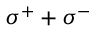
\sigma ^ { + } + \sigma ^ { - }